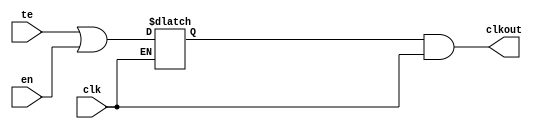
// SPDX-License-Identifier: Apache-2.0
// Copyright (C) 2022 HCL Technologies Ltd.
// Copyright (C) 2022 Blue Cheetah Analog Design, Inc.

module clk_gate_cel(
output clkout, // Clock gated
input  clk,    // Clock input
input  en,     // Clock enable
input  te      // Test enable
);

wire clk_en;
reg  latch;
assign clk_en = te | en;

always @(clk or clk_en)
  begin
    if(!clk)
      latch = clk_en;
  end

assign clkout = latch & clk;

endmodule // clk_gate_cel